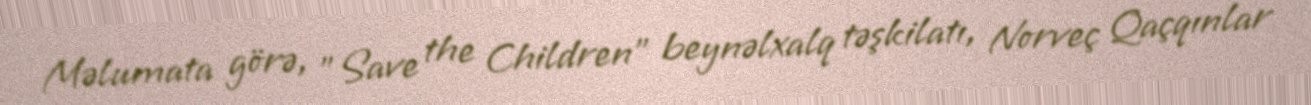
Məlumata görə, "Save the Children" beynəlxalq təşkilatı, Norveç Qaçqınlar